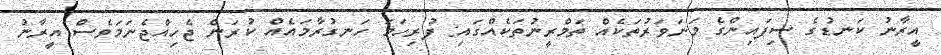
އީރާނު ކަނޑުގެ ސިފައިންގެ މަނަވަރުތަކެއް ތަމްރީނުތަކެއްގައި: ފުރިހަމަ ހަނގުރާމައެއް ކުރަން ޖެހިއްޖެނަމަވެސް އީރާނު